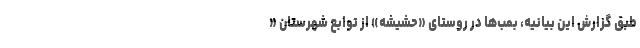
طبق گزارش این بیانیه، بمب‌ها در روستای «حشیشه» از توابع شهرستان «